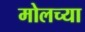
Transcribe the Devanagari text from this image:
मोलच्या